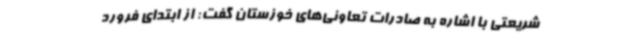
شریعتی با اشاره به صادرات تعاونی‌های خوزستان گفت: از ابتدای فرورد